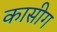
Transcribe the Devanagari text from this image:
कासीग